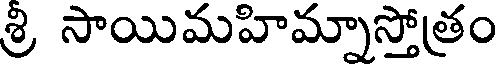
శ్రి సాయిమహిమ్నాస్తోత్రం